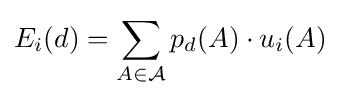
E_{i}(d)=\sum _{A\in {\mathcal {A}}}p_{d}(A)\cdot u_{i}(A)